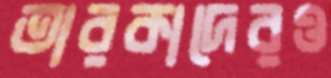
তারকাদেরও